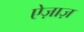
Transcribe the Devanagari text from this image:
ऐज़ाज़